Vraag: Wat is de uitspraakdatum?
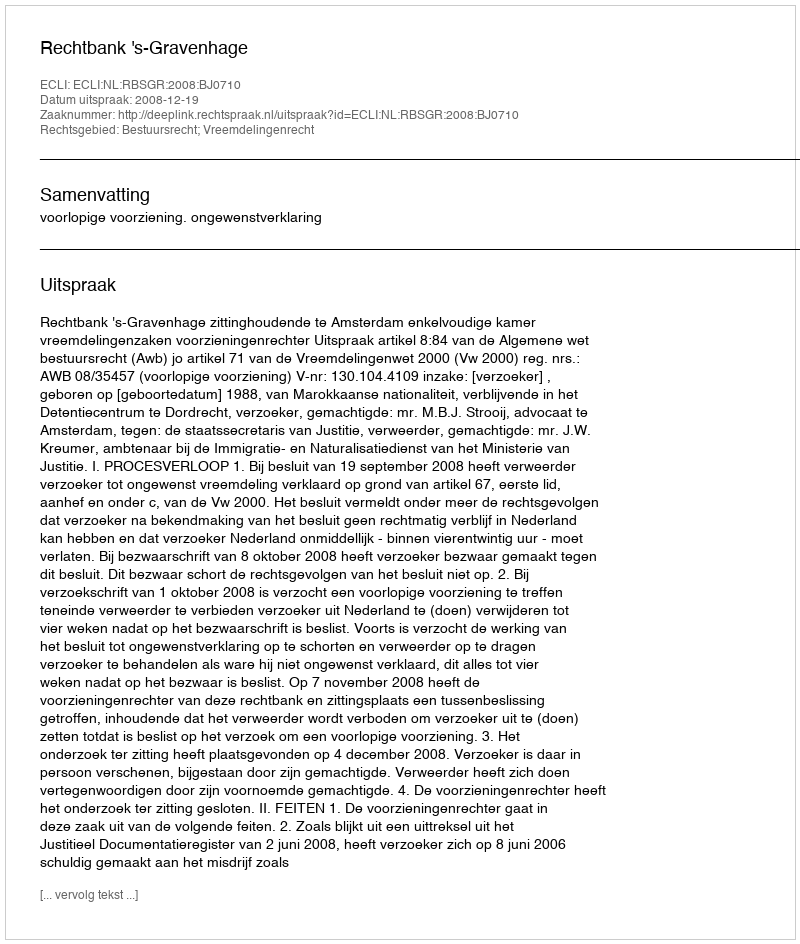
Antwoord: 2008-12-19